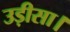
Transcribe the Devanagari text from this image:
उड़ीसा।